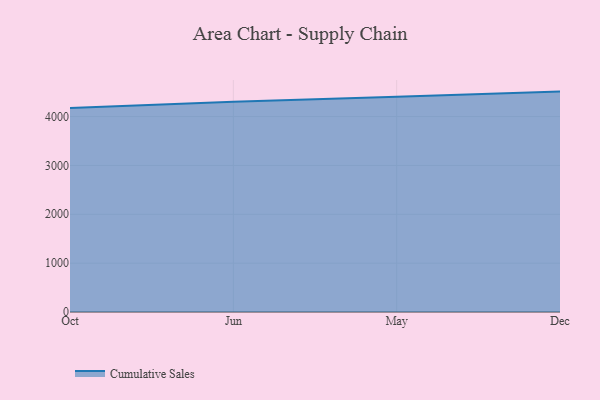
{"axis": {"x": "Month", "y": "Customer Acquisition Cost (USD)"}, "legend": ["Cumulative Sales"], "data": [{"x": "Oct", "y": 4178.2, "type": "Cumulative Sales"}, {"x": "Jun", "y": 4302.8, "type": "Cumulative Sales"}, {"x": "May", "y": 4406.9, "type": "Cumulative Sales"}, {"x": "Dec", "y": 4511.4, "type": "Cumulative Sales"}]}